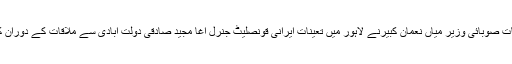
یہ بات صوبائی وزیر میاں نعمان کبیرنے لاہور میں تعینات ایرانی قونصلیٹ جنرل آغا مجید صادقی دولت آبادی سے ملاقات کے دوران کہی۔